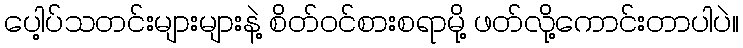
ပေါ့ပ်သတင်းများများနဲ့ စိတ်ဝင်စားစရာမို့ ဖတ်လို့ကောင်းတာပါပဲ။